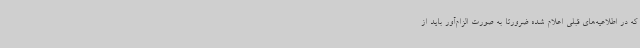
که در اطلاعیه‌های قبلی اعلام شده ضرورتا به صورت الزام‌آور باید از